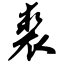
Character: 裘